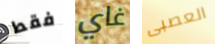
فقط غاي العصبى